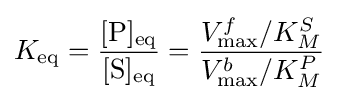
K_{\rm {eq}}={\frac {[{\rm {P}}]_{\rm {eq}}}{[{\rm {S}}]_{\rm {eq}}}}={\frac {V_{\rm {max}}^{f}/K_{M}^{S}}{V_{\rm {max}}^{b}/K_{M}^{P}}}